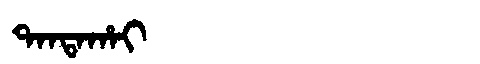
Manchu: ᡨᠠᠨᡨᠠᡥᠠᡳ
Romanization: TANTAHAI